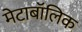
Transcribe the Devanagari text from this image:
मेटाबॉलिक